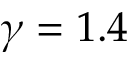
\gamma = 1 . 4